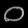
Digit: ၀